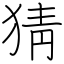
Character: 猜